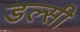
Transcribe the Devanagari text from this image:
डल्सी